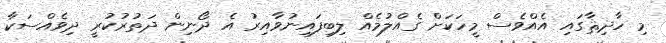
މި ހާދިޘާގައި އެއްވެސް މީހަކަަށް ގެއްލުމެއް ލިބިފައިނުވާއިރު އެ ދޯނިން ދަތުރުކުރީ ދިވެއްސަކާ